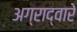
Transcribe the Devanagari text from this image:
अग्राद्वारे